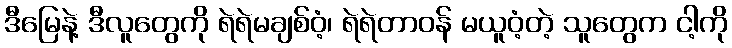
ဒီမြေနဲ့ ဒီလူတွေကို ရဲရဲမချစ်ဝံ့၊ ရဲရဲတာဝန် မယူဝံ့တဲ့ သူတွေက ငါ့ကို